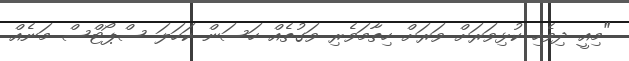
"މިއީ ދިވެހި ކުޅިވަރަށް ވަރަށް ހިތާމަވެރި ވަގުތެއް ހަސަން ކަހަލަ ސްޕޯޓްސް މަނެއް